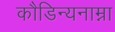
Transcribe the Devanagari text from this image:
कौडिन्यनाम्ना